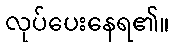
လုပ်ပေးနေရ၏။